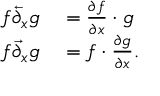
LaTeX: \begin{array} { r l } { f { \overleftarrow { \partial } } _ { x } g } & { { } = { \frac { \partial f } { \partial x } } \cdot g } \\ { f { \overrightarrow { \partial } } _ { x } g } & { { } = f \cdot { \frac { \partial g } { \partial x } } . } \end{array}